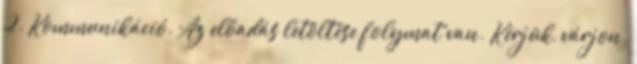
2. Kommunikáció. Az előadás letöltése folymat van. Kérjük, várjon.